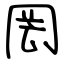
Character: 罔